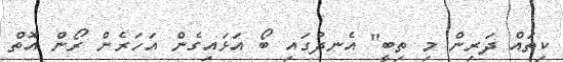
ކިތައް ދަރިން މި ތިބީ" އެނދުގައި ބޯ އަޅައިގެން އަހަރެން ރޯން އޮތް